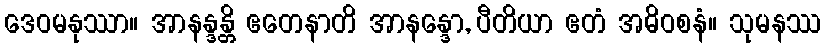
ဒေဝမနုဿာ။ အာနန္ဒန္တိ ဧတေနာတိ အာနန္ဒော, ပီတိယာ ဧတံ အဓိဝစနံ။ သုမနဿ